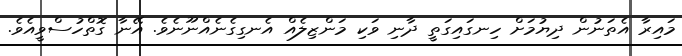
މައިރާ އެތަނުން ދިޔުމަށް ހިނގައިގަތީ ދާނި ވަކި މަންޒިލެއް އެނގިގެނެއްނޫނެވެ. އޭނާ ގޮތްހުސްވީއެވެ.